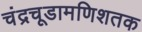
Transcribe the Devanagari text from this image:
चंद्रचूडामणिशतक